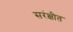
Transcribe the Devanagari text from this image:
सरंक्षीत